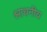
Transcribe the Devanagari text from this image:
श्लाधनीय